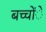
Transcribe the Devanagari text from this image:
बच्चोंे